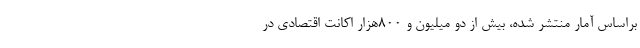
براساس آمار منتشر شده، بیش از دو میلیون و 800هزار اکانت اقتصادی در